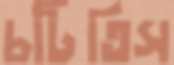
চটিতিস